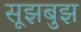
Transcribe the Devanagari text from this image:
सूझबुझ